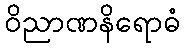
ဝိညာဏနိရောဓံ